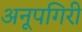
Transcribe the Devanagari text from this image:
अनूपगिरी